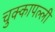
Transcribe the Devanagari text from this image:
चुक्कापल्ली